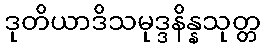
ဒုတိယာဒိသမုဒ္ဒနိန္နသုတ္တ